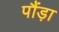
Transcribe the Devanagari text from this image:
पौंड़ा